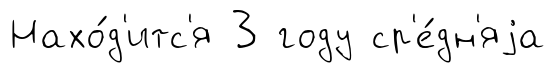
Нахо́д'итс'я 3 году ср'е́дн'яjа